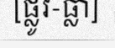
[ផ្លូវ-ធ្លា]